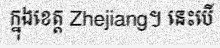
ក្នុងខេត្ត Zhejiang។ នេះបើ